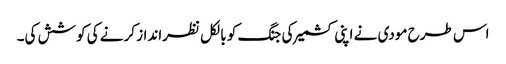
اس طرح مودی نے اپنی کشمیر کی جنگ کو بالکل نظرانداز کرنے کی کوشش کی۔